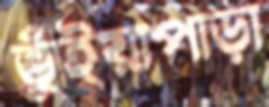
ভুঁইয়াপাড়া